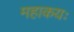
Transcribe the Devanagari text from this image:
महाकयः